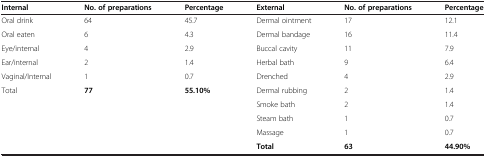
| Internal | No. of preparations | Percentage | External | No. of preparations | Percentage |
 | --- | --- | --- | --- | --- | --- |
 | Oral drink | 64 | 45.7 | Dermal ointment | 17 | 12.1 |
 | Oral eaten | 6 | 4.3 | Dermal bandage | 16 | 11.4 |
 | Eye/internal | 4 | 2.9 | Buccal cavity | 11 | 7.9 |
 | Ear/internal | 2 | 1.4 | Herbal bath | 9 | 6.4 |
 | Vaginal/Internal | 1 | 0.7 | Drenched | 4 | 2.9 |
 | Total | 77 | 55.10% | Dermal rubbing | 2 | 1.4 |
 | <ROWSPAN=3-COLSPAN=3>  | Smoke bath | 2 | 1.4 |
 | Steam bath | 1 | 0.7 |
 | Massage | 1 | 0.7 |
 |  |  |  | Total | 63 | 44.90% |